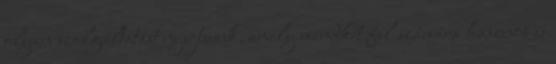
olyan szolgáltatást nyújtsunk, amely mindkét fél számára hasznos és